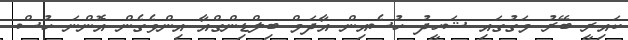
ކައިރީ ބޭރު މަގުގައި ޝަހީދު ހުސެއިން އާދަމް ބިލްޑިންގްއާ އިންވެގެން އޮންނަ ހުސް